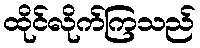
ထိုင်လိုက်ကြသည်